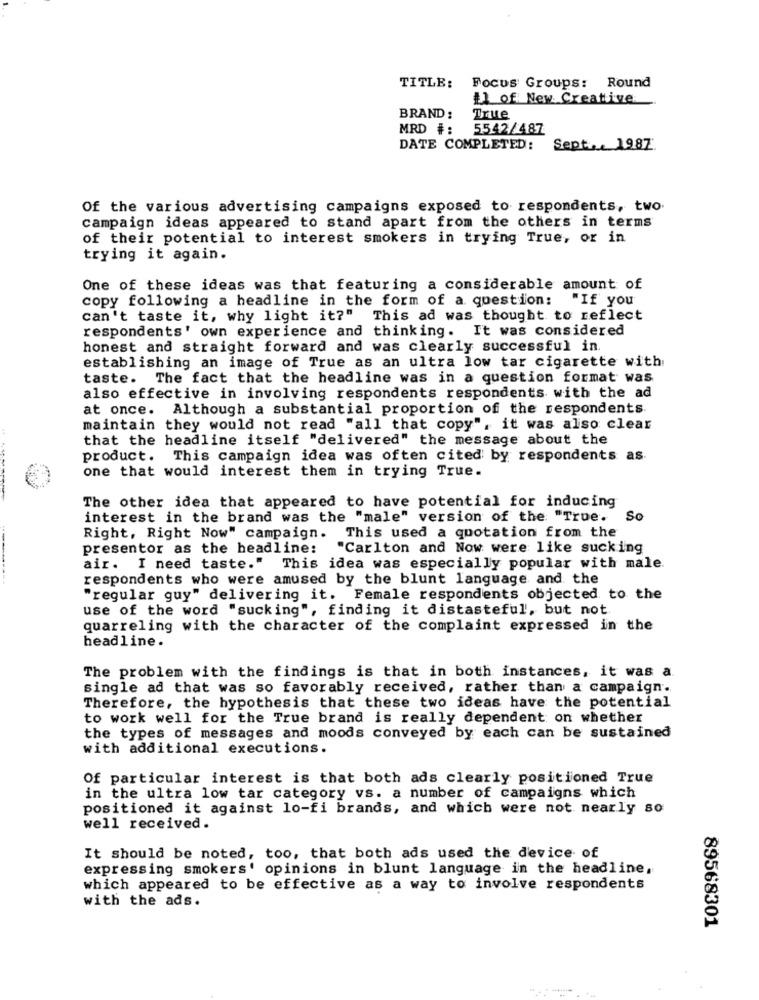
TITLE:
Focus Groups: Round
11 of New Creative:
BRAND:
True
MRD #:
5542/487
DATE COMPLETED:
Sept .. 1987.
Of the various advertising campaigns exposed to respondents, two
campaign ideas appeared to stand apart from the others in terms
of their potential to interest smokers in trying True, or in
trying it again.
One of these ideas was that featuring a considerable amount of
copy following a headline in the form of a question: "If you
can't taste it, why light it?" This ad was thought to reflect
respondents' own experience and thinking. It was considered
honest and straight forward and was clearly successful in
establishing an image of True as an ultra low tar cigarette with
taste. The fact that the headline was in a question format was
also effective in involving respondents respondents with the ad
at once. Although a substantial proportion of the respondents.
maintain they would not read "all that copy", it was also clear
that the headline itself "delivered" the message about the
product. This campaign idea was often cited by respondents as
one that would interest them in trying True.
The other idea that appeared to have potential for inducing
interest in the brand was the "male" version of the "True.
So
Right, Right Now" campaign. This used a quotation from the
presentor as the headline:
"Carlton and Now were like sucking
air. I need taste." This idea was especially popular with male.
respondents who were amused by the blunt language and the
"regular guy" delivering it. Female respondents objected to the
use of the word "sucking", finding it distasteful, but not
quarreling with the character of the complaint expressed in the
headline.
The problem with the findings is that in both instances, it was a
single ad that was so favorably received, rather than a campaign.
Therefore, the hypothesis that these two ideas have the potential
to work well for the True brand is really dependent on whether
the types of messages and moods conveyed by each can be sustained
with additional executions.
Of particular interest is that both ads clearly positioned True
in the ultra low tar category vs. a number of campaigns which
positioned it against lo-fi brands, and which were not nearly so
well received.
It should be noted, too, that both ads used the device of
expressing smokers' opinions in blunt language in the headline.
which appeared to be effective as a way to involve respondents
with the ads.
89568301